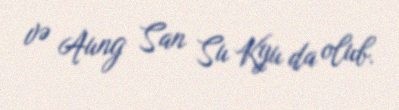
və Aung San Su Kyu da olub.